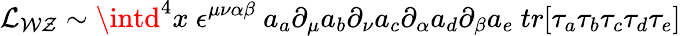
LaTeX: {\cal{L}_{W\mathcal{Z}}}\sim\intd^{4}x~\epsilon^{\mu\nu\alpha\beta}~a_{a}\partial_{\mu}a_{b}\partial_{\nu}a_{c}\partial_{\alpha}a_{d}\partial_{\beta}a_{e}~tr[\tau_{a}\tau_{b}\tau_{c}\tau_{d}\tau_{e}]